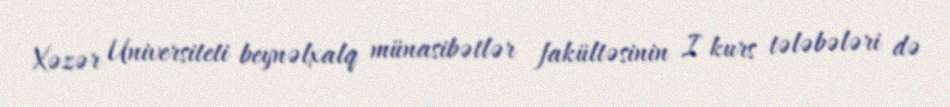
Xəzər Universiteti beynəlxalq münasibətlər fakültəsinin I kurs tələbələri də